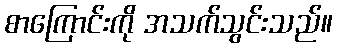
စာကြောင်းကို အသက်သွင်းသည်။